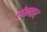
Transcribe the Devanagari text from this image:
संकवार